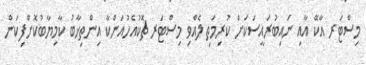
މިސްޓަރ އާކޭ އާއި ނައިބުރައީސަކަށް ކުރިމަތި ލެއްވި މިސްޓަރ ޗޮކުއެހުއަންކާ އިންތިޚާބު ކާމިޔާބުކޮށްފިކަން